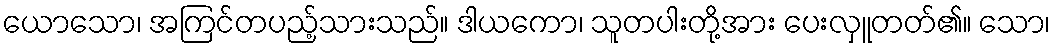
ယောသော၊ အကြင်တပည့်သားသည်။ ဒါယကော၊ သူတပါးတို့အား ပေးလှူတတ်၏။ သော၊